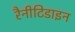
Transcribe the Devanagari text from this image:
रैनीटिडाइन